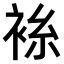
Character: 𫋼